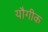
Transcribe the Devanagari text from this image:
यौगीक